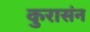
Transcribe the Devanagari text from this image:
कुरासंन